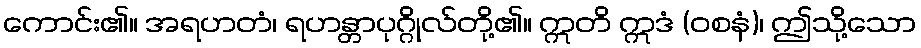
ကောင်း၏။ အရဟတံ၊ ရဟန္တာပုဂ္ဂိုလ်တို့၏။ ဣတိ ဣဒံ (ဝစနံ)၊ ဤသို့သော